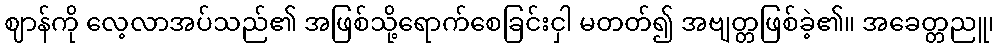
ဈာန်ကို လေ့လာအပ်သည်၏ အဖြစ်သို့ရောက်စေခြင်းငှါ မတတ်၍ အဗျတ္တဖြစ်ခဲ့၏။ အခေတ္တညူ၊